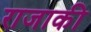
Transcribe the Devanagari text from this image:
राजाकी